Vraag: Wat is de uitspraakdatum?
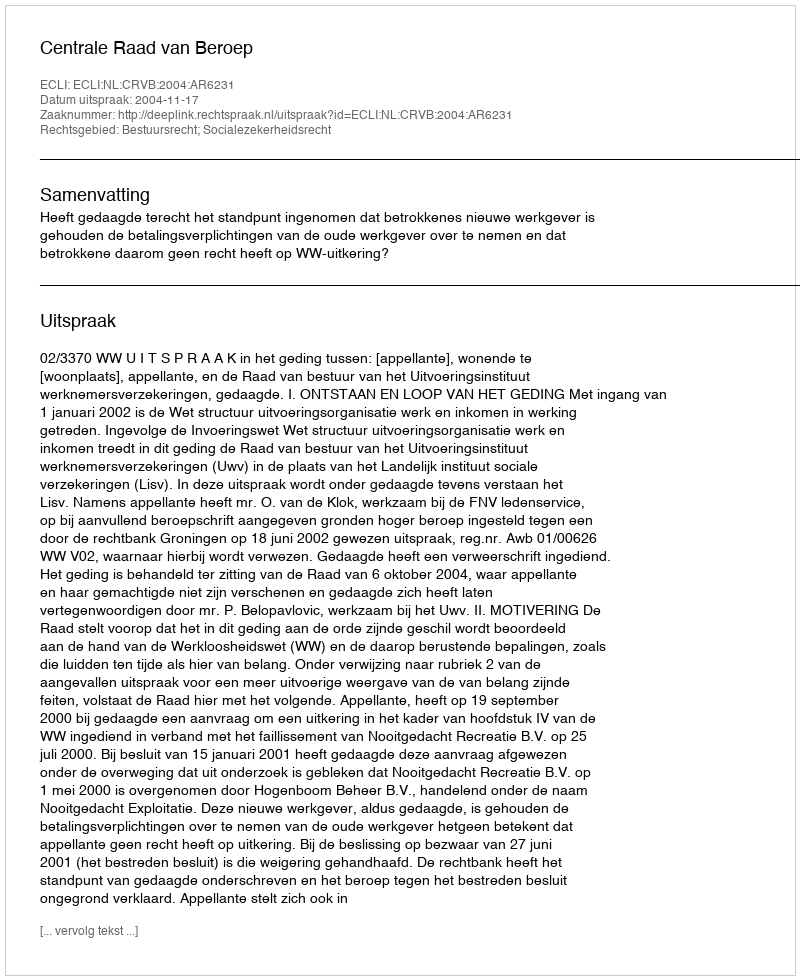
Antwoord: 2004-11-17